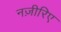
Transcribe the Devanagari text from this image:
नज़ीरिए